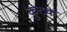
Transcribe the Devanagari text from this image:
कुटक